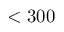
< 3 0 0